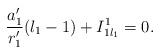
LaTeX: \begin{align*}\frac{a_1'}{r_1'}(l_1-1)+I_{1l_1}^1=0. \end{align*}